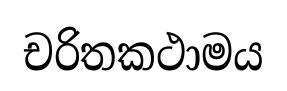
චරිතකථාමය